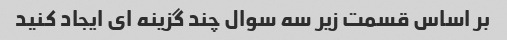
بر اساس قسمت زیر سه سوال چند گزینه ای ایجاد کنید